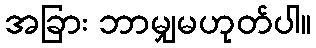
အခြား ဘာမျှမဟုတ်ပါ။